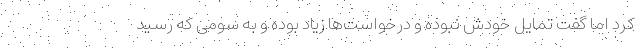
کرد اما گفت تمایل خودش نبوده و درخواست‌ها زیاد بوده و به سومی که رسید